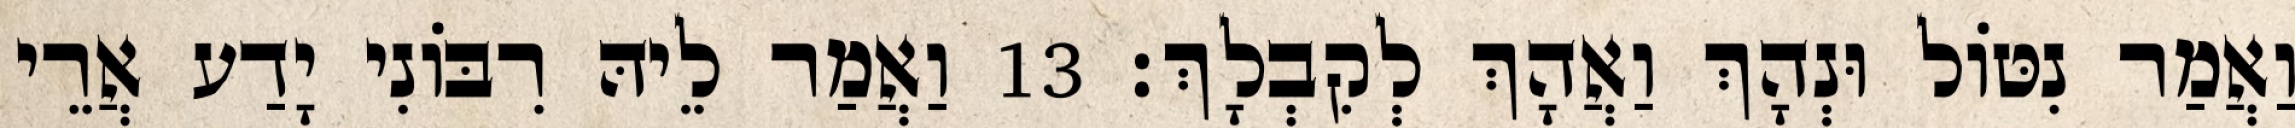
וַאֲמַר נִטּוֹל וּנְהָךְ וַאֲהָךְ לְקִבְלָךְ׃ 13 וַאֲמַר לֵיהּ רִבּוֹנִי יָדַע אֲרֵי